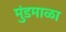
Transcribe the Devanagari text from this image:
मुंडमाळा